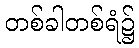
တစ်ခါတစ်ရံ၌